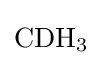
{\mathrm {CDH} {\vphantom {A}}_{\smash[{t}]{3}}}